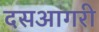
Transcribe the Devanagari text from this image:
दसआगरी